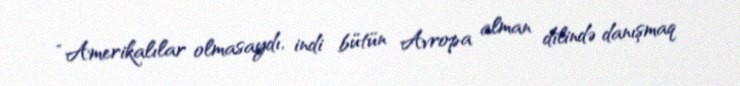
“Amerikalılar olmasaydı, indi bütün Avropa alman dilində danışmaq